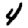
Digit: 4